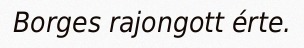
Borges rajongott érte.